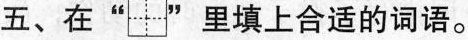
五、在“ ”里填上合适的词语。